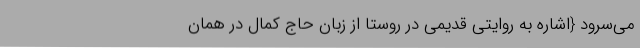
می‌سرود {اشاره به روایتی قدیمی در روستا از زبان حاج کمال در همان